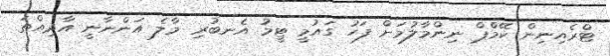
ޓްރެއިނިން ކޭމްޕް ނިންމާލުމަށް ފަހު ގައުމީ ޓީމު އެނބުރި މާލެ އަންނާނީ އާދިއްތަ